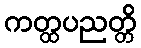
ကတ္ထပညတ္တိ